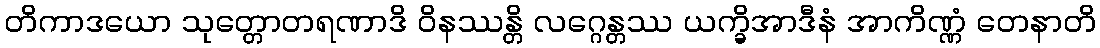
တိကာဒယော သုတ္တောတရဏာဒိ ဝိနဿန္တိ လဂ္ဂေန္တဿ ယက္ခိအာဒီနံ အာကိဏ္ဏံ တေနာတိ